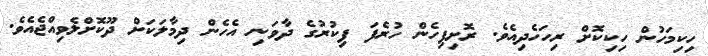
ހިކިމަހުން ހިކިކޮށް ރިހަހެދިއެވެ. ރޮށިފިހެން ހުރެފަ ފިކުރުގެ ދާވަނި އެހެން ދިމާލަކަށް ދޫކޮށްލެވިއްޖެއެވެ.